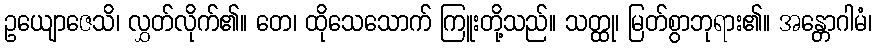
ဥယျောဇေသိ၊ လွှတ်လိုက်၏။ တေ၊ ထိုသေသောက် ကြူးတို့သည်။ သတ္ထု၊ မြတ်စွာဘုရား၏။ အန္တောဂါမံ၊